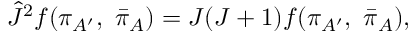
{ \hat { J } } ^ { 2 } f ( \pi _ { A ^ { \prime } } , \ { \bar { \pi } } _ { A } ) = J ( J + 1 ) f ( \pi _ { A ^ { \prime } } , \ { \bar { \pi } } _ { A } ) ,